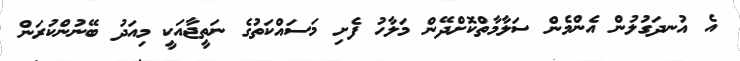
އެ އުނދަގުލުން އެންމެން ސަލާމާތްކޮށްދޭން މަލާހު ފެށި މަސައްކަތުގެ ނަތީޖާއަކީ މިއަދު ބޭނުންކުރަން